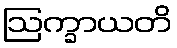
ဩက္ခာယတိ